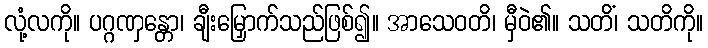
လုံ့လကို။ ပဂ္ဂဏှန္တော၊ ချီးမြှောက်သည်ဖြစ်၍။ အာသေဝတိ၊ မှီဝဲ၏။ သတိံ၊ သတိကို။